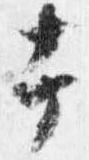
幸